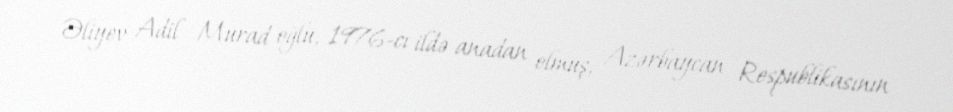
Əliyev Adil Murad oğlu, 1976-cı ildə anadan olmuş, Azərbaycan Respublikasının